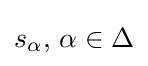
s_{\alpha },\,\alpha \in \Delta